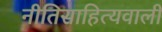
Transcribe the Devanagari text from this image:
नीतिसाहित्यवाली